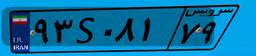
۷۶S۷۴۶۰۹